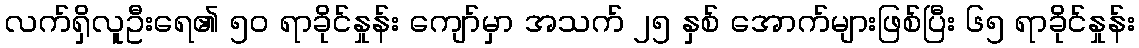
လက်ရှိလူဦးရေ၏ ၅၀ ရာခိုင်နှုန်း ကျော်မှာ အသက် ၂၅ နှစ် အောက်များဖြစ်ပြီး ၆၅ ရာခိုင်နှုန်း